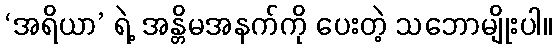
‘အရိယာ’ ရဲ့ အန္တိမအနက်ကို ပေးတဲ့ သဘောမျိုးပါ။